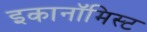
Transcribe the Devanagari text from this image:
इकानॉमिस्ट